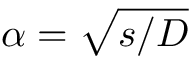
\alpha = \sqrt { s / D }